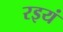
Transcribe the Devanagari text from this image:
रइयं